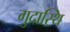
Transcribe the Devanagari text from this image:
गुदास्थि